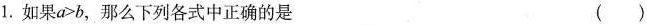
1. 如果$$a>b$$，那么下列各式中正确的是 ( )